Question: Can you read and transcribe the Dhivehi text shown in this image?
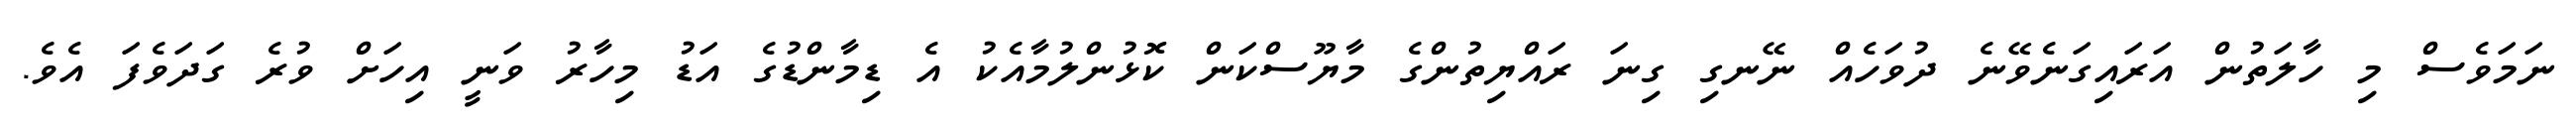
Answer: ނަމަވެސް މި ހާލަތުން އަރައިގަނެވޭނެ ދުވަހެއް ނޭނގި ގިނަ ރައްޔިތުންގެ މާޔޫސްކަން ކޮޅުންލުމާއެކު އެ ޑިމާންޑުގެ އަޑު މިހާރު ވަނީ އިހަށް ވުރެ ގަދަވެފަ އެވެ.